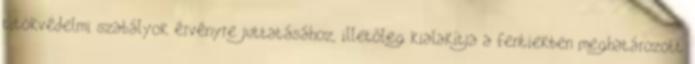
titokvédelmi szabályok érvényre juttatásához, illetőleg kialakítja a fentiekben meghatározott